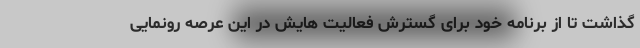
گذاشت تا از برنامه خود برای گسترش فعالیت هایش در این عرصه رونمایی